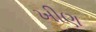
ખીણ